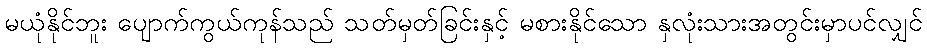
မယုံနိုင်ဘူး ပျောက်ကွယ်ကုန်သည် သတ်မှတ်ခြင်းနှင့် မစားနိုင်သော နှလုံးသားအတွင်းမှာပင်လျှင်